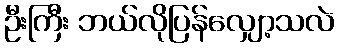
ဦးကြီး ဘယ်လိုပြန်လျှော့သလဲ